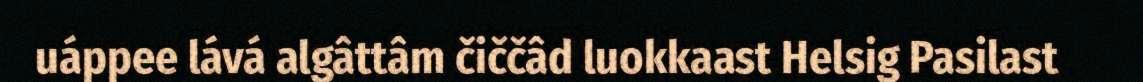
uáppee lává algâttâm čiččâd luokkaast Helsig Pasilast